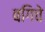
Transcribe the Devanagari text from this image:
बगिचे